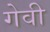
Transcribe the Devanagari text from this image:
गेवी